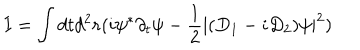
LaTeX: I = \int d t d ^ { 2 } { \bf r } ( i \psi ^ { \ast } \partial _ { t } \psi - { \frac { 1 } { 2 } } | ( D _ { 1 } - i D _ { 2 } ) \psi | ^ { 2 } )